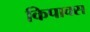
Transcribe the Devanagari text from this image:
किपाक्स